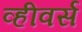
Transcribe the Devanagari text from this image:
व्हीवर्स